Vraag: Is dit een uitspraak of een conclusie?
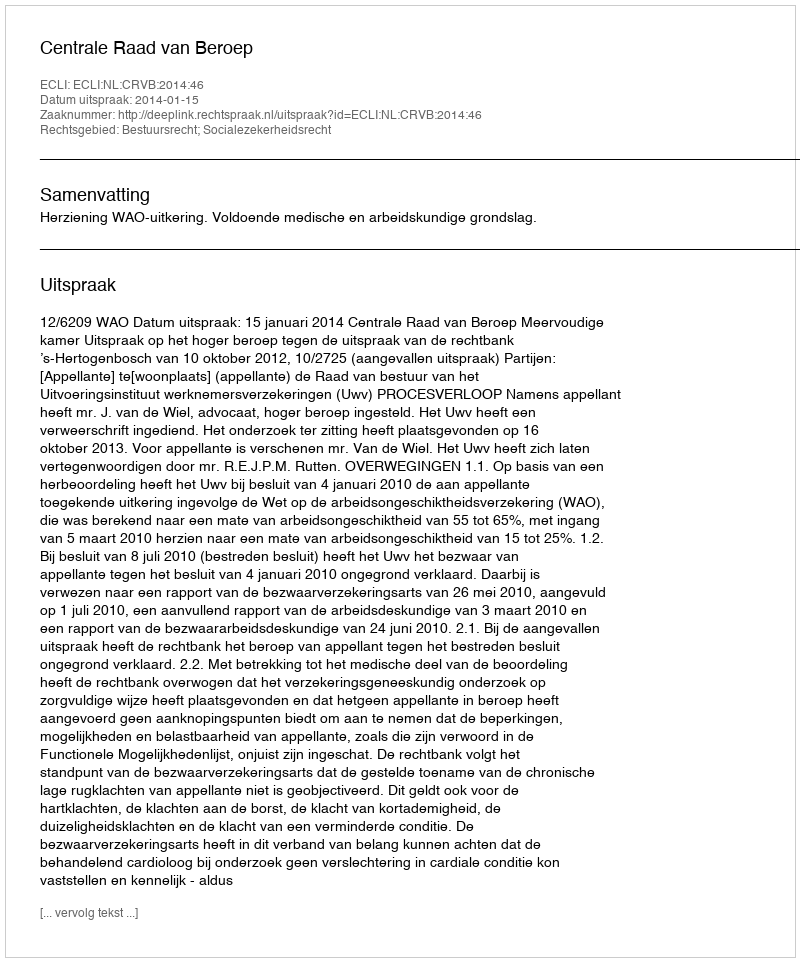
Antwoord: Uitspraak